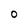
Character: 0